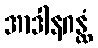
အာဒါနဂန္ထံ